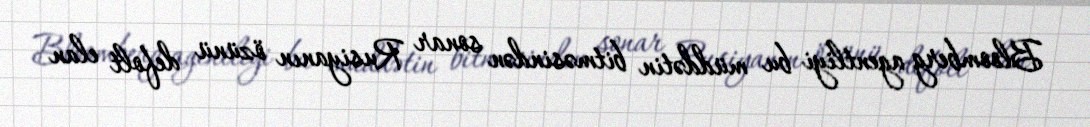
Bloomberg agentliyi bu müddətin bitməsindən sonar Rusiyanın özünü defolt elan